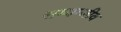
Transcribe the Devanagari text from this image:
सम्यग्जीव